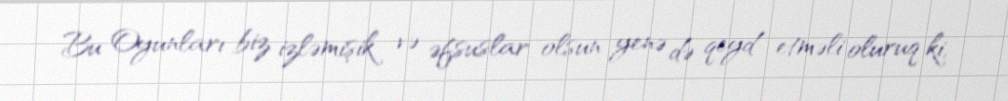
Bu Oyunları biz izləmişik və əfsuslar olsun yenə də qeyd etməli oluruq ki,